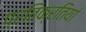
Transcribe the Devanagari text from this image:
प्रतिक्रतियां